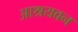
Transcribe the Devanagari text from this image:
आश्रयवन